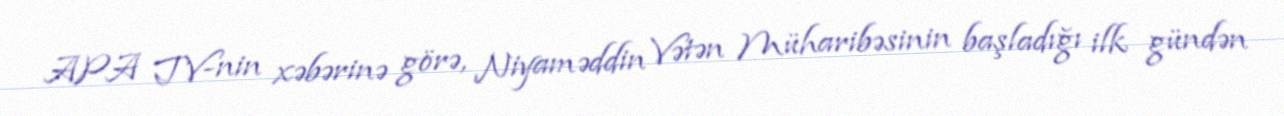
APA TV-nin xəbərinə görə, Niyaməddin Vətən Müharibəsinin başladığı ilk gündən